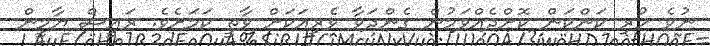
ނުވެ ހުރި ކަންކަން ކޮށްދެއްވަމުން ގެންދަވާ ވެރިއަކަށް ވާތީ ކަމަށެވެ. ރައީސް ޔާމީން